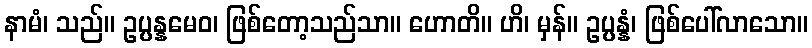
နာမံ၊ သည်။ ဥပ္ပန္နမေဝ၊ ဖြစ်တော့သည်သာ။ ဟောတိ။ ဟိ၊ မှန်။ ဥပ္ပန္နံ၊ ဖြစ်ပေါ်လာသော။